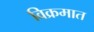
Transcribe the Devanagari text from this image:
विक्रमात